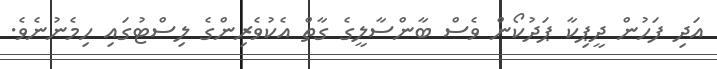
އަދި ފަހުން ދީޕިކާ ޕަދުކޯން ވެސް ބާންސާލީގެ ގާތް އެކުވެރިންގެ ލިސްޓުގައި ހިމެނުނެވެ.